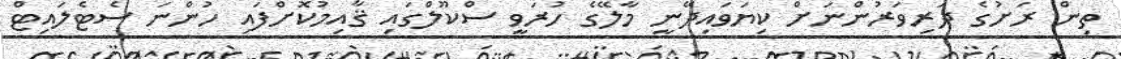
ތިން ރަށުގެ ދަރިވަރުންނަށް ކިޔަވައިދޭނީ މާލޭގެ ހުރަވީ ސްކޫލްގައި ޤާއިމުކޮށްފައި ހުންނަ ސެޓެލައިޓް